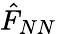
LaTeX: \hat{F}_{NN}